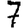
Digit: 7